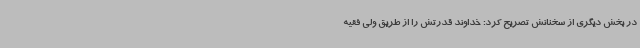
در بخش دیگری از سخنانش تصریح کرد: خداوند قدرتش را از طریق ولی فقیه